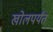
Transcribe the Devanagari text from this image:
खोलपर्यंत